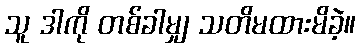
သူ ဒါကို တစ်ခါမျှ သတိမထားမိခဲ့။